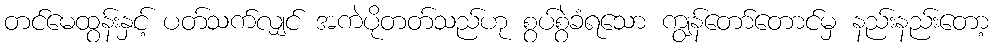
တင်မေထွန်းနှင့် ပတ်သက်လျှင် အကဲပိုတတ်သည်ဟု စွပ်စွဲခံရသော ကျွန်တော်တောင်မှ နည်းနည်းတော့